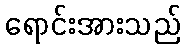
ရောင်းအားသည်